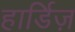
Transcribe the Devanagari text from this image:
हार्डिज़